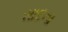
સાદના